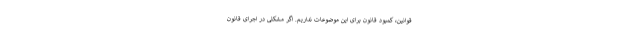
قوانین، کمبود قانون برای این موضوعات نداریم. اگر مشکلی در اجرای قانون